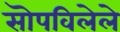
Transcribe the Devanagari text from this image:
सॊपविलेले